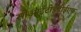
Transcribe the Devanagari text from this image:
सीआईटीईडीईएफ